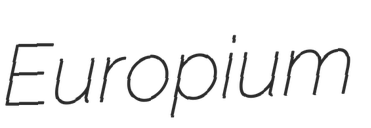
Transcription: Europium